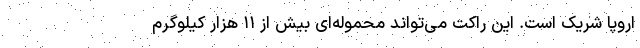
اروپا شریک است. این راکت می‌تواند محموله‌ای بیش از ۱۱ هزار کیلوگرم